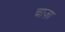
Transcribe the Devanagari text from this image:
चाज़ा